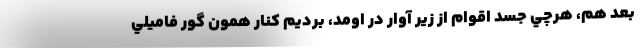
بعد هم، هرچي جسد اقوام از زير آوار در اومد، برديم كنار همون گور فاميلي